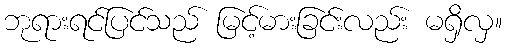
ဘုရားရင်ပြင်သည် မြင့်မားခြင်းလည်း မရှိလှ။